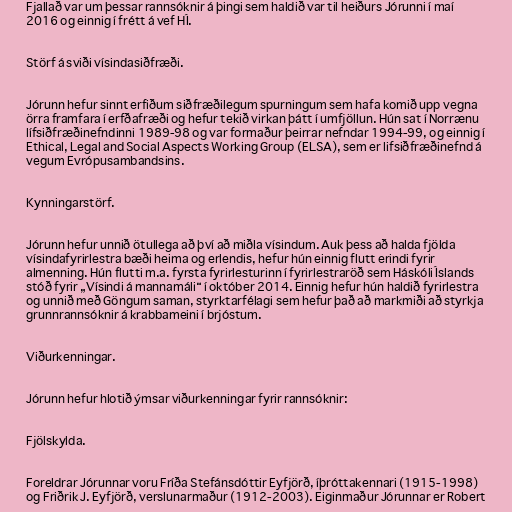
Fjallað var um þessar rannsóknir á þingi sem haldið var til heiðurs Jórunni í maí
2016 og einnig í frétt á vef HÍ.

Störf á sviði vísindasiðfræði.

Jórunn hefur sinnt erfiðum siðfræðilegum spurningum sem hafa komið upp vegna
örra framfara í erfðafræði og hefur tekið virkan þátt í umfjöllun. Hún sat í Norrænu
lífsiðfræðinefndinni 1989-98 og var formaður þeirrar nefndar 1994-99, og einnig í
Ethical, Legal and Social Aspects Working Group (ELSA), sem er lifsiðfræðinefnd á
vegum Evrópusambandsins.

Kynningarstörf.

Jórunn hefur unnið ötullega að því að miðla vísindum. Auk þess að halda fjölda
vísindafyrirlestra bæði heima og erlendis, hefur hún einnig flutt erindi fyrir
almenning. Hún flutti m.a. fyrsta fyrirlesturinn í fyrirlestraröð sem Háskóli Íslands
stóð fyrir „Vísindi á mannamáli“ í október 2014. Einnig hefur hún haldið fyrirlestra
og unnið með Göngum saman, styrktarfélagi sem hefur það að markmiði að styrkja
grunnrannsóknir á krabbameini í brjóstum.

Viðurkenningar.

Jórunn hefur hlotið ýmsar viðurkenningar fyrir rannsóknir:

Fjölskylda.

Foreldrar Jórunnar voru Fríða Stefánsdóttir Eyfjörð, íþróttakennari (1915-1998)
og Friðrik J. Eyfjörð, verslunarmaður (1912-2003). Eiginmaður Jórunnar er Robert